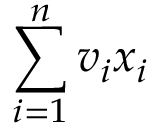
\sum _ { i = 1 } ^ { n } v _ { i } x _ { i }